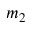
m _ { 2 }